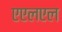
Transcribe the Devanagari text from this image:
एएलएल